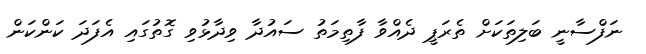
ނަފްސާނީ ބަލިތަކަށް ތެރަޕީ ދެއްވާ ފާތިމަތު ސައުދާ ވިދާޅުވި ގޮތުގައި އެފަދަ ކަންކަން